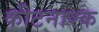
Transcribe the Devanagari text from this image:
कीटनाश्क